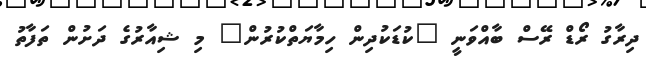
ދިރާގު ރޯޑް ރޭސް ބާއްވަނީ "ކުޑަކުދިން ހިމާޔަތްކުރުން" މި ޝިއާރުގެ ދަށުން ތަފާތު